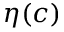
\eta ( c )